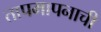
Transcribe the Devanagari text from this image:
तापमापनाची